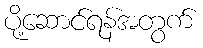
ပို့ဆောင်ရန်အတွက်